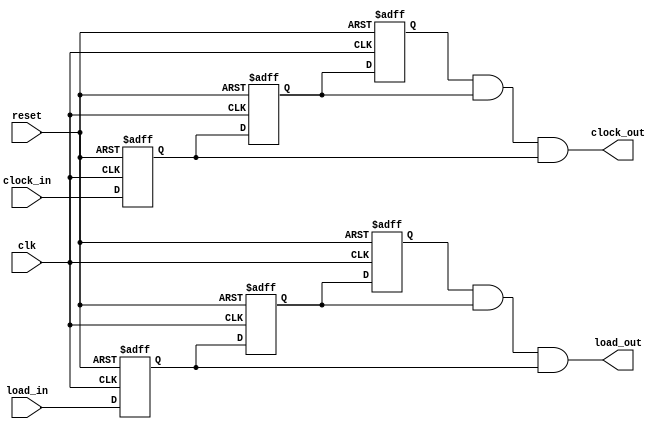
`timescale 1ns / 1ps
//////////////////////////////////////////////////////////////////////////////////
// Company: 
// Engineer: 
// 
// Design Name: 
// Module Name: xiaodou
// Project Name: 
// Target Devices: 
// Tool Versions: 
// Description: 
// 
// Dependencies: 
// 
// Revision:
// Revision 0.01 - File Created
// Additional Comments:
// 
//////////////////////////////////////////////////////////////////////////////////

//module xiaodou(
//    input clk, // 
//    input reset, // 
//    input load_in, // 
//    input clock_in, // 
//    output load_out, // 
//    output clock_out, // 
//    output key_rrr,
//    output key_rr,
//    output key_r
//    );
//    reg key_rrr,key_rr,key_r;
//    reg load_rrr,load_rr,load_r;
//    always @(posedge clk or negedge reset)
//       if(!reset) 
//          begin // key  load0
//             key_rrr <=0;
//             key_rr <=0;
//             key_r <=0;
//             load_rrr <=0;
//             load_rr <=0;
//             load_r <=0;
//          end
//        else
//          begin // 
//              key_rrr <= key_rr;
//              key_rr <= key_r;
//              key_r <= clock_in;
//              load_rrr <= load_rr;
//              load_rr <= load_r;
//              load_r <= load_in;
//          end 
//    assign clock_out = key_rrr & key_rr & key_r; // 
//    assign load_out = load_rrr & load_rr & load_r;
//endmodule
module xiaodou(
    input clk, // 
    input reset, // 
    input load_in, // 
    input clock_in, // 
    output load_out, // 
    output clock_out // 
    );
    reg key_rrr,key_rr,key_r;
    reg load_rrr,load_rr,load_r;
    always @(posedge clk or negedge reset)
       if(!reset) 
          begin // key  load0
             key_rrr <=0;
             key_rr <=0;
             key_r <=0;
             load_rrr <=0;
             load_rr <=0;
             load_r <=0;
          end
        else
          begin // 
              key_rrr <= key_rr;
              key_rr <= key_r;
              key_r <= clock_in;
              load_rrr <= load_rr;
              load_rr <= load_r;
              load_r <= load_in;
          end 
    assign clock_out = key_rrr & key_rr & key_r; // 
    assign load_out = load_rrr & load_rr & load_r;
endmodule